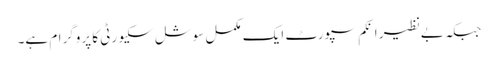
جبکہ بےنظیر انکم سپورٹ ایک مکمل سوشل سکیورٹی کا پروگرام ہے۔